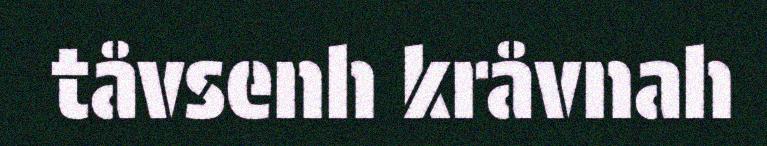
tåvsenh kråvnah